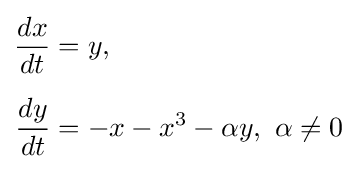
{\begin{aligned}{\frac {dx}{dt}}&=y,\\[5pt]{\frac {dy}{dt}}&=-x-x^{3}-\alpha y,~\alpha \neq 0\end{aligned}}